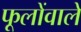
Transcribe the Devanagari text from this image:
फूलोंवाले